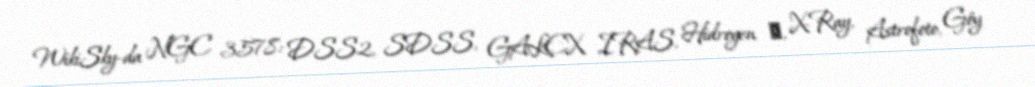
WikiSky-da NGC 3578: DSS2, SDSS, GALEX, IRAS, Hidrogen α, X-Ray, Astrofoto, Göy